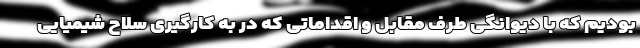
بودیم که با دیوانگی طرف مقابل و اقداماتی که در به کارگیری سلاح شیمیایی